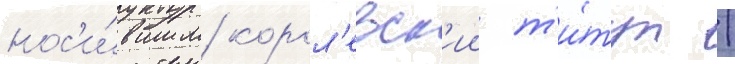
нос'и́вшим корол'евск'ии т'и́тул /